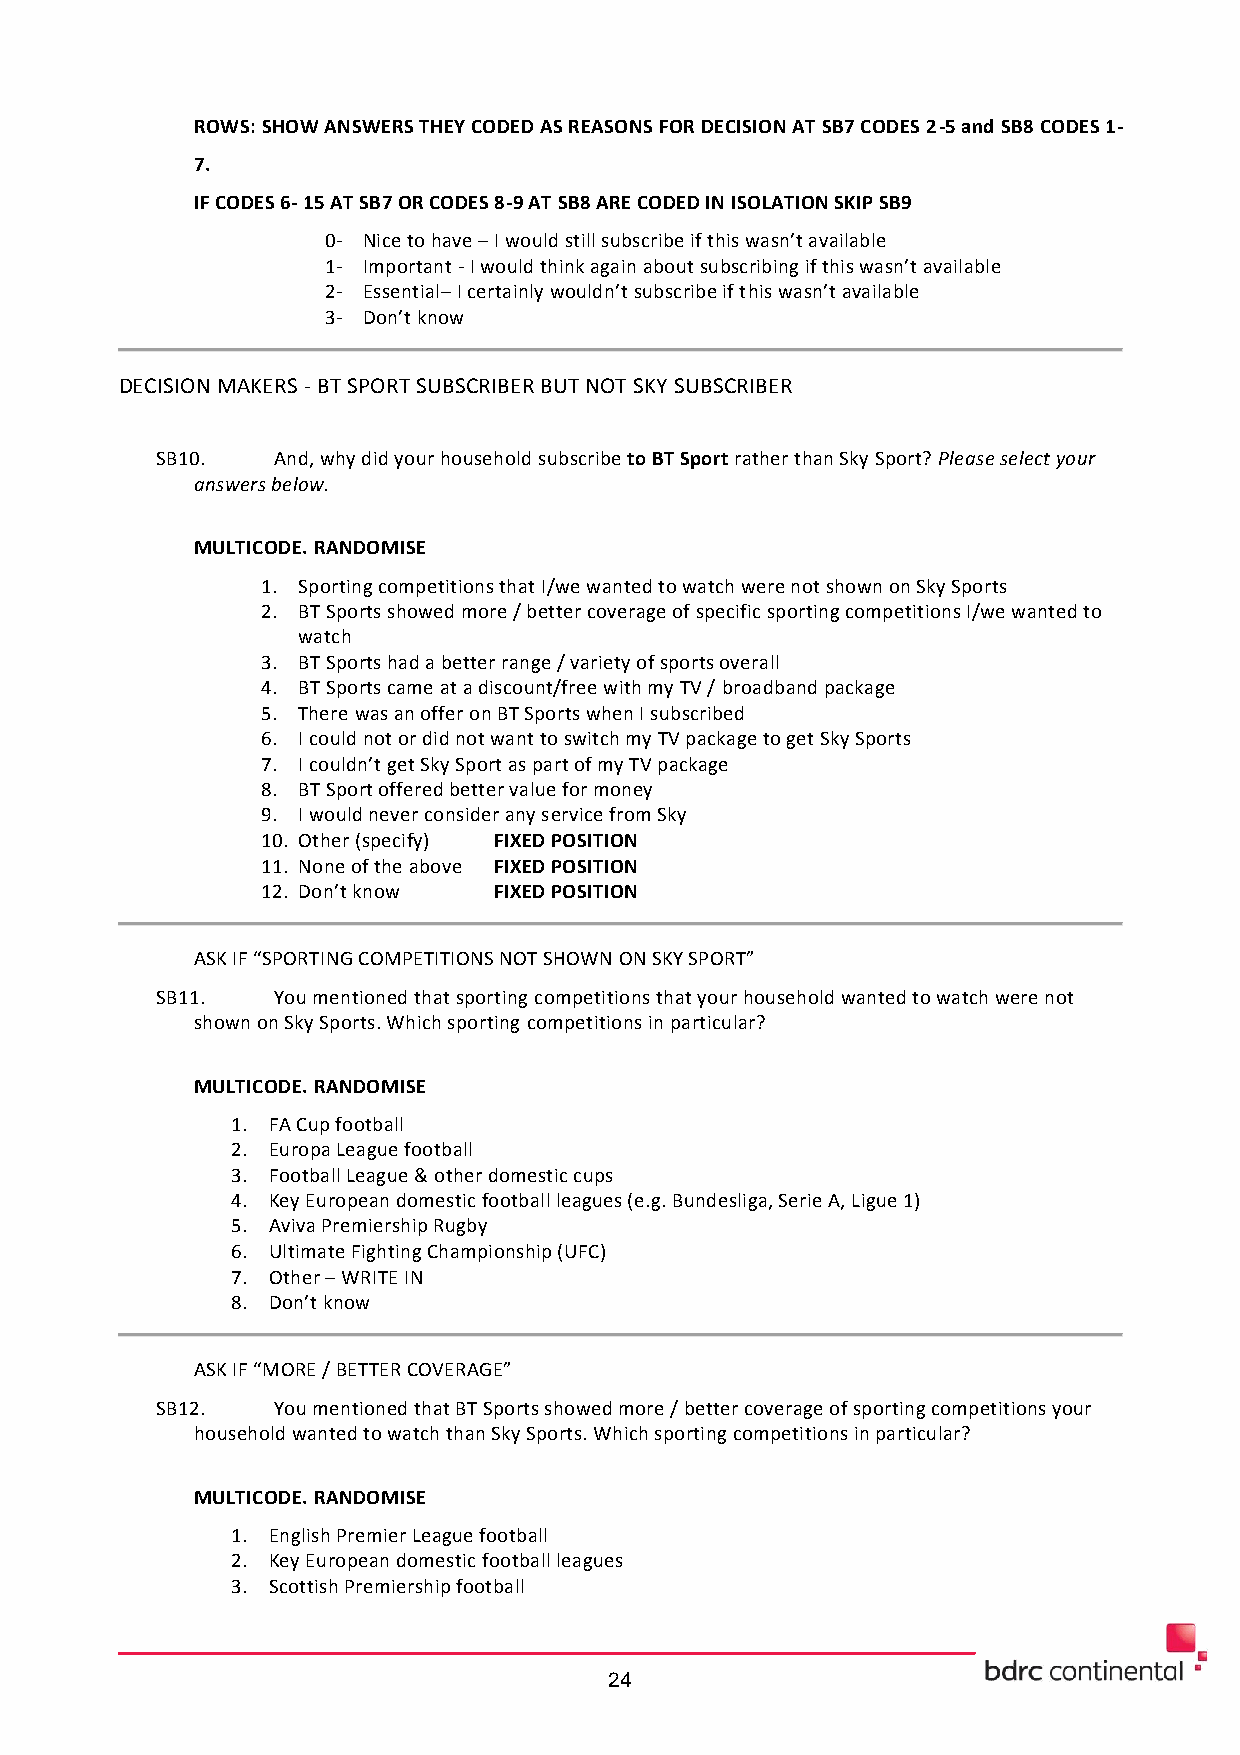
ROWS: SHOW ANSWERS THEY CODED AS REASONS FOR DECISION AT SB7 CODES 2-5 and SB8 CODES 1-
 7.
 IF CODES 6- 15 AT SB7 OR CODES 8-9 AT SB8 ARE CODED IN ISOLATION SKIP SB9
 0- Nice to have – I would still subscribe if this wasn’t available
 1- Important - I would think again about subscribing if this wasn’t available
 2- Essential– I certainly wouldn’t subscribe if this wasn’t available
 3- Don’t know
 DECISION MAKERS - BT SPORT SUBSCRIBER BUT NOT SKY SUBSCRIBER
 SB10.   And, why did your household subscribe to BT Sport rather than Sky Sport? Please select your
 answers below.
 MULTICODE. RANDOMISE
 1. Sporting competitions that I/we wanted to watch were not shown on Sky Sports
 2. BT Sports showed more / better coverage of specific sporting competitions I/we wanted to
 watch
 3. BT Sports had a better range / variety of sports overall
 4. BT Sports came at a discount/free with my TV / broadband package
 5. There was an offer on BT Sports when I subscribed
 6. I could not or did not want to switch my TV package to get Sky Sports
 7. I couldn’t get Sky Sport as part of my TV package
 8. BT Sport offered better value for money
 9. I would never consider any service from Sky
 10. Other (specify) FIXED POSITION
 11. None of the above FIXED POSITION
 12. Don’t know  FIXED POSITION
 ASK IF “SPORTING COMPETITIONS NOT SHOWN ON SKY SPORT”
 SB11.   You mentioned that sporting competitions that your household wanted to watch were not
 shown on Sky Sports. Which sporting competitions in particular?
 MULTICODE. RANDOMISE
 1. FA Cup football
 2. Europa League football
 3. Football League & other domestic cups
 4. Key European domestic football leagues (e.g. Bundesliga, Serie A, Ligue 1)
 5. Aviva Premiership Rugby
 6. Ultimate Fighting Championship (UFC)
 7. Other – WRITE IN
 8. Don’t know
 ASK IF “MORE / BETTER COVERAGE”
 SB12.   You mentioned that BT Sports showed more / better coverage of sporting competitions your
 household wanted to watch than Sky Sports. Which sporting competitions in particular?
 MULTICODE. RANDOMISE
 1. English Premier League football
 2. Key European domestic football leagues
 3. Scottish Premiership football
 24